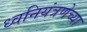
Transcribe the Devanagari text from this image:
ध्वनियंत्रणेच्या